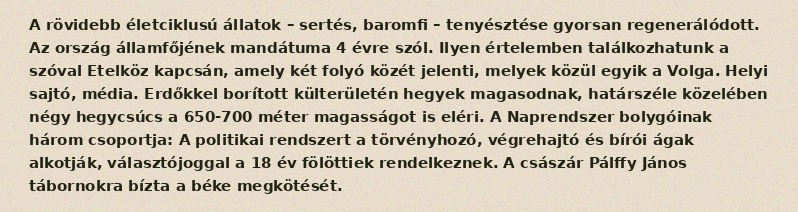
A rövidebb életciklusú állatok – sertés, baromfi – tenyésztése gyorsan regenerálódott. Az ország államfőjének mandátuma 4 évre szól. Ilyen értelemben találkozhatunk a szóval Etelköz kapcsán, amely két folyó közét jelenti, melyek közül egyik a Volga. Helyi sajtó, média. Erdőkkel borított külterületén hegyek magasodnak, határszéle közelében négy hegycsúcs a 650-700 méter magasságot is eléri. A Naprendszer bolygóinak három csoportja: A politikai rendszert a törvényhozó, végrehajtó és bírói ágak alkotják, választójoggal a 18 év fölöttiek rendelkeznek. A császár Pálffy János tábornokra bízta a béke megkötését.